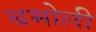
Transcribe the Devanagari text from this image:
बमोली